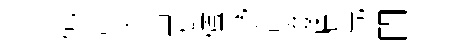
覩念久亊曼櫨域滔惙幡鳧悶